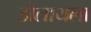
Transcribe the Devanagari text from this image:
डोलायला